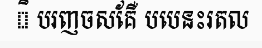
ិ បរញចសគែឺ បបេនះរតល